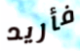
فأريد